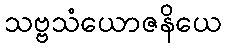
သဗ္ဗသံယောဇနိယေ